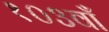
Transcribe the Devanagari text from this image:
१०३वाँ